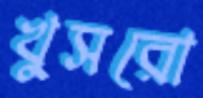
খুসরো